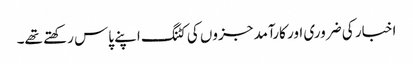
اخبار کی ضروری اور کارآمد جزوں کی کٹنگ اپنے پاس رکھتے تھے۔